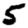
Digit: 5